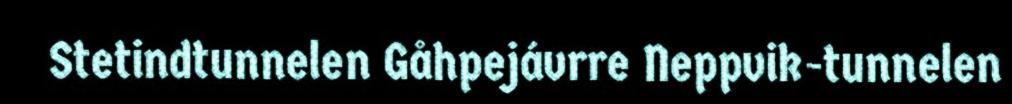
Stetindtunnelen Gåhpejávrre Neppvik-tunnelen